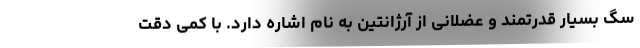
سگ بسیار قدرتمند و عضلانی از آرژانتین به نام اشاره دارد. با کمی دقت